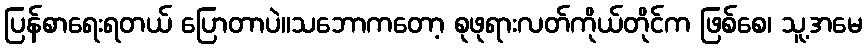
ပြန်စာရေးရတယ် ပြောတာပဲ။သဘောကတော့ စုဖုရားလတ်ကိုယ်တိုင်က ဖြစ်စေ၊ သူ့အမေ